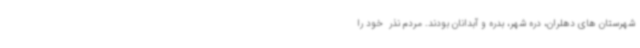
شهرستان های دهلران، دره شهر، بدره و آبدانان بودند. مردم نذر  خود را